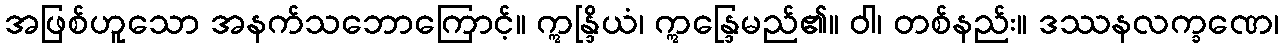
အဖြစ်ဟူသော အနက်သဘောကြောင့်။ ဣန္ဒြိယံ၊ ဣန္ဒြေမည်၏။ ဝါ၊ တစ်နည်း။ ဒဿနလက္ခဏေ၊